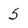
Character: 5